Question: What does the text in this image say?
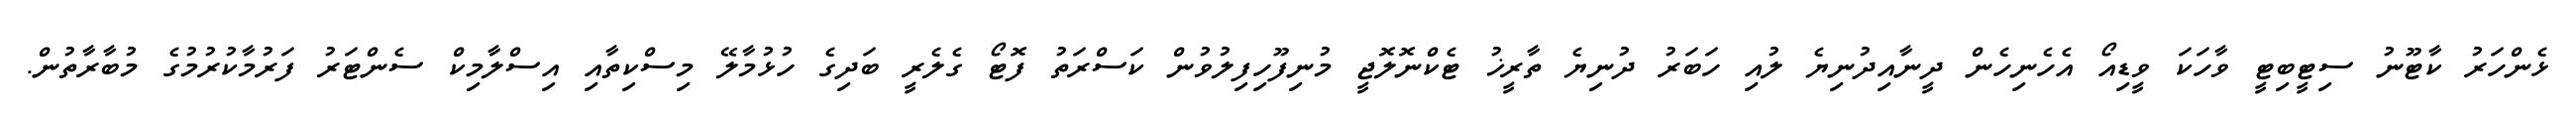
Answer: ޅެންހަރު ކާޓޫނު ސިޓީބިޓީ ވާހަކަ ވީޑިއޯ އެހެނިހެން ދީނާއިދުނިޔެ ލުއި ހަބަރު ދުނިޔެ ތާރީޚު ޓެކްނޮލޮޖީ މުނިފޫހިފިލުވުން ކަސްރަތު ފޮޓޯ ގެލެރީ ބަދިގެ ހުޅުމާލޭ މިސްކިތާއި އިސްލާމިކް ސެންޓަރު ފަރުމާކުރުމުގެ މުބާރާތުން.